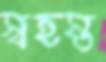
স্বহস্ত